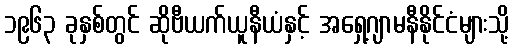
၁၉၆၃ ခုနှစ်တွင် ဆိုဗီယက်ယူနီယံနှင့် အရှေ့ဂျာမနီနိုင်ငံများသို့